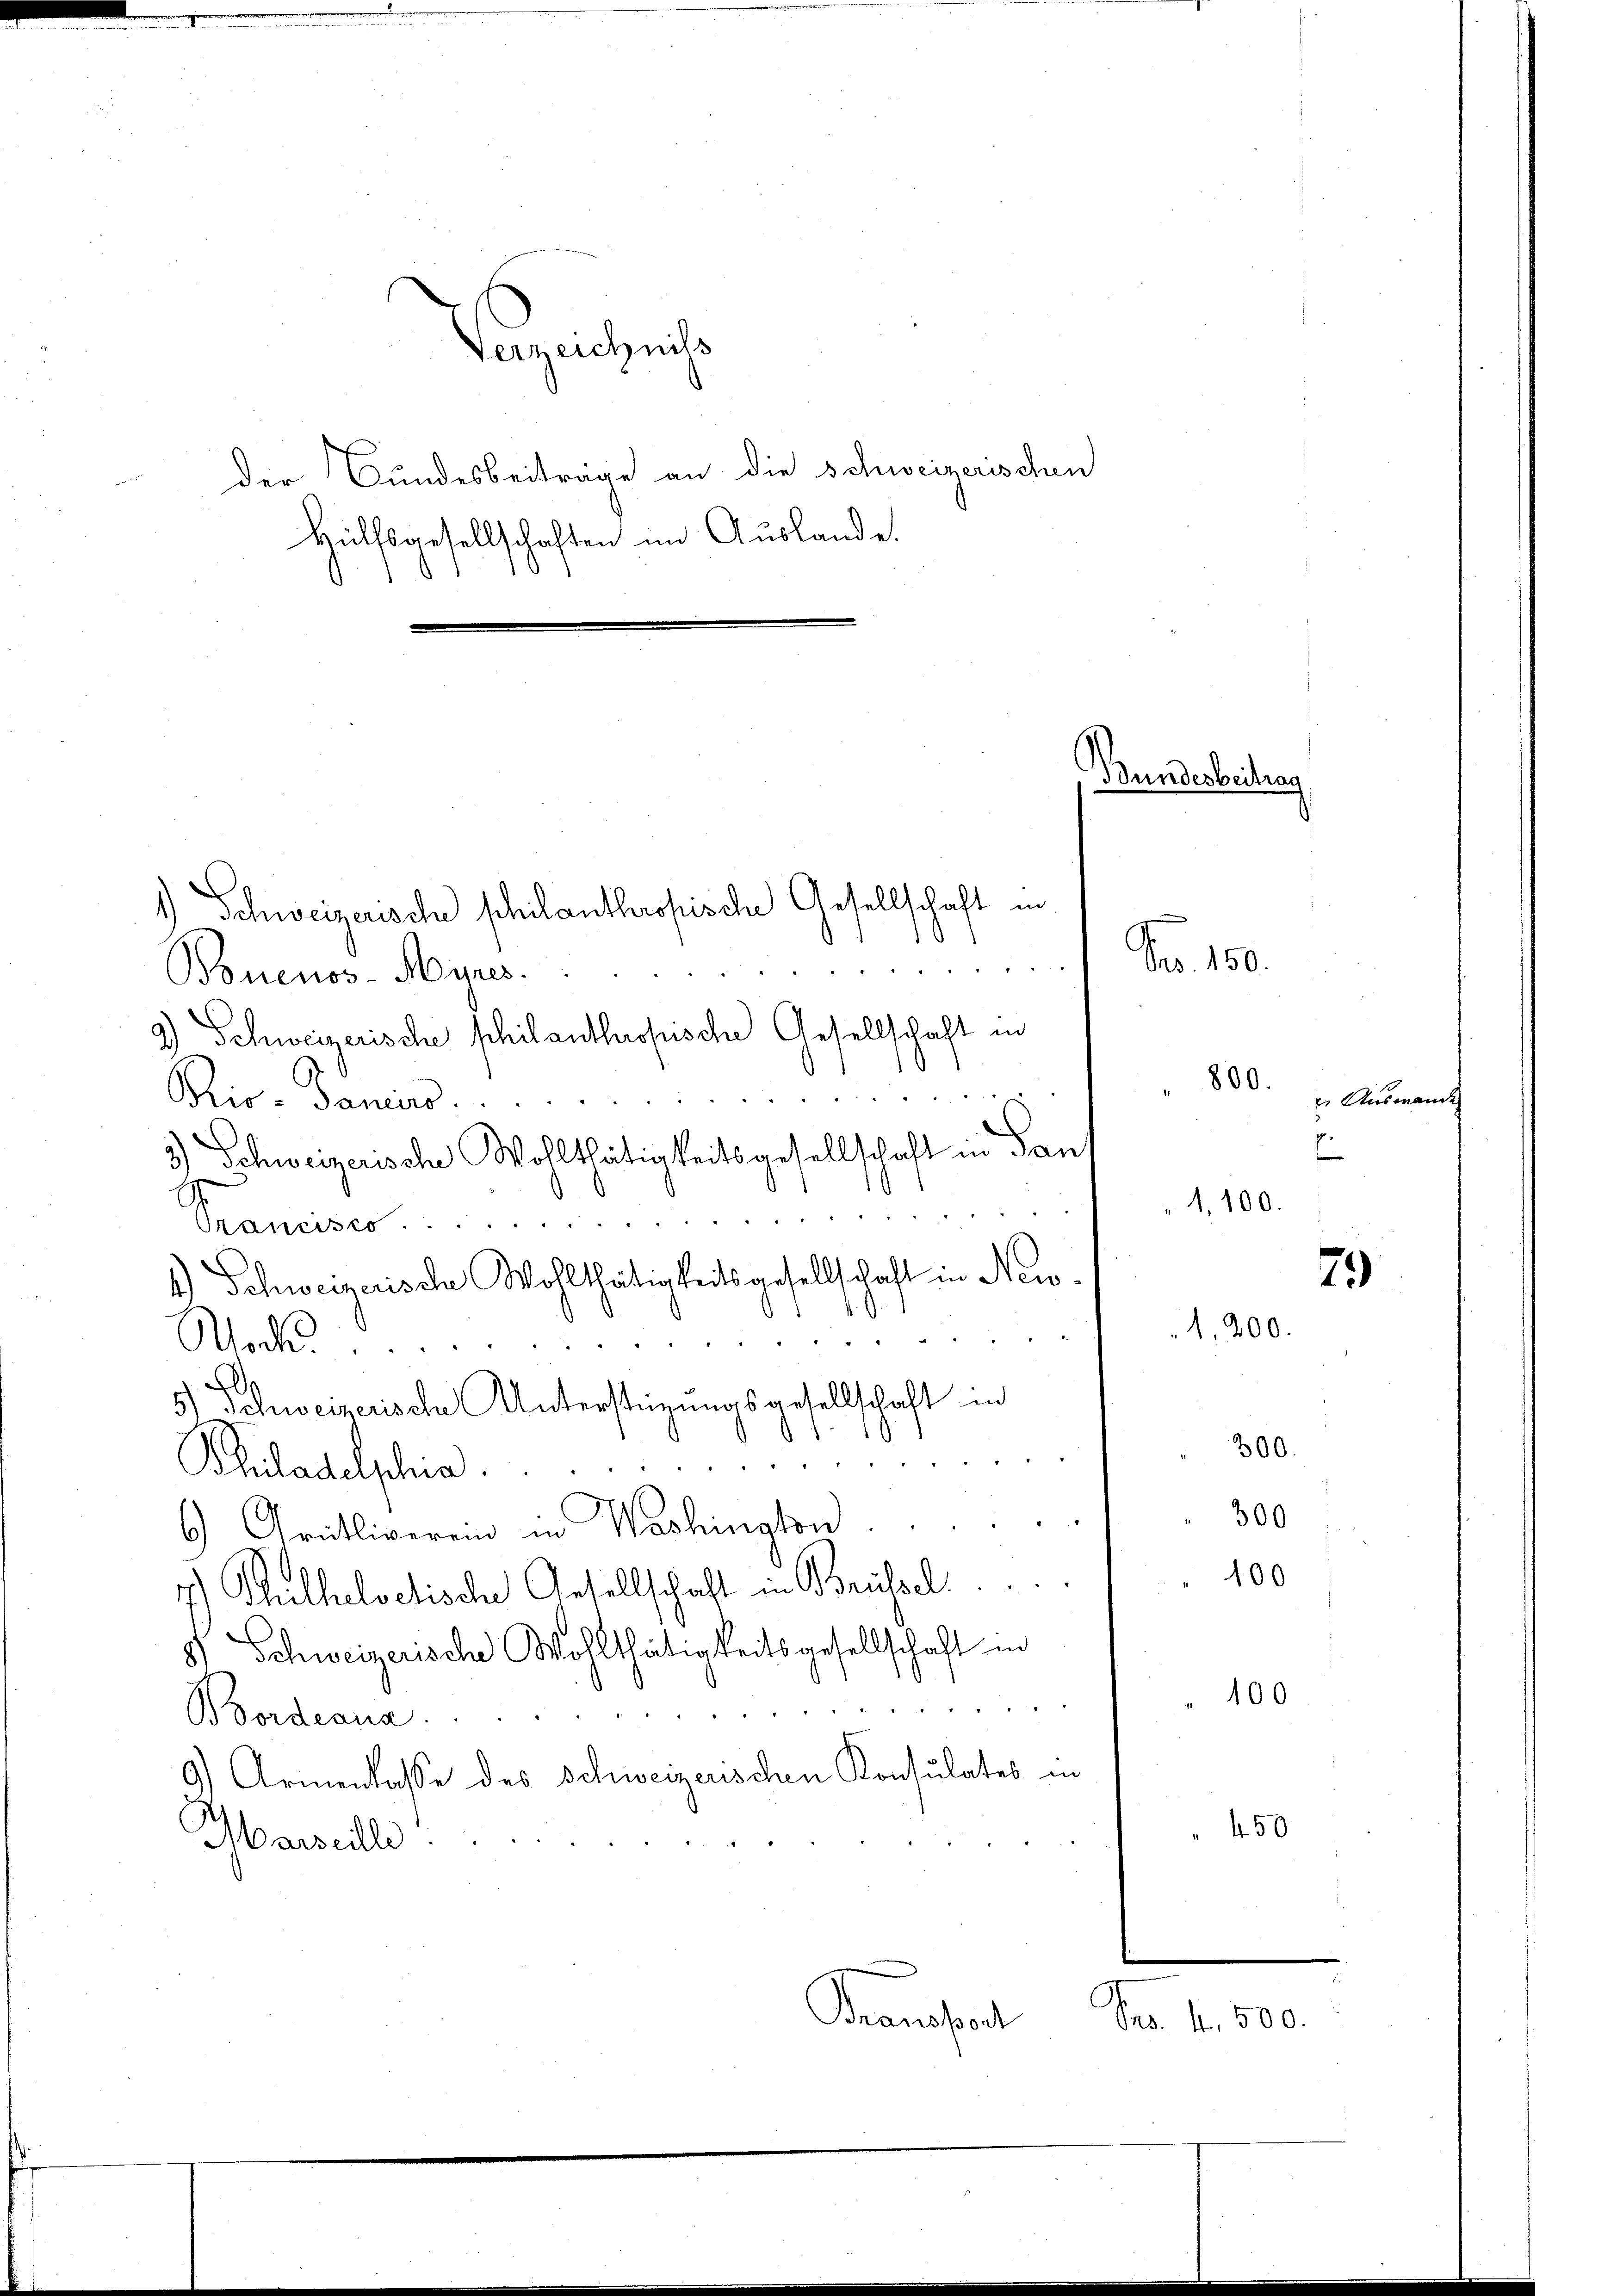
Verzeich nich
Der Bundesbeitrage an die Schweizerischen
Hülfsgesellschaften im Auslande.

1) Schweizerische schilanthropische Gesellschaft in

d
Bouenos-Ayres.
2) Schweizerische schilanthropische Gesellschaft in
Bio- Daniers.
3.) Schweizerische Wohlthätigkeitsgesellschaft in Pand
Pranerses.
n
4.) Schweizerische Wohlthätigkeitsgesellschaft in New-
4
Woch
.
5.) Schweizerische Unterstüzungsgesellschaft in
Philaderschia
6) Grütliverein in Washington
7) Guthelvetische Gesellschaft in Brüssel
Schweizerische Wohlthätigkeitsgesellschaft in
.
Bordeana.
9) Armenkasse des Schweizerischen Konsulates in
Marseilli
Kansat

Bundesbeitrag

Nr. 150.

Seb. 1. 500.

800.
 Auswande
E
1.100.

79)
1,200.

300.
300

100

100

450